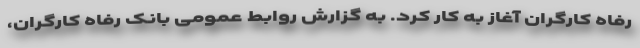
رفاه کارگران آغاز به کار کرد. به گزارش روابط عمومی بانک رفاه کارگران،